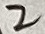
Text: 2